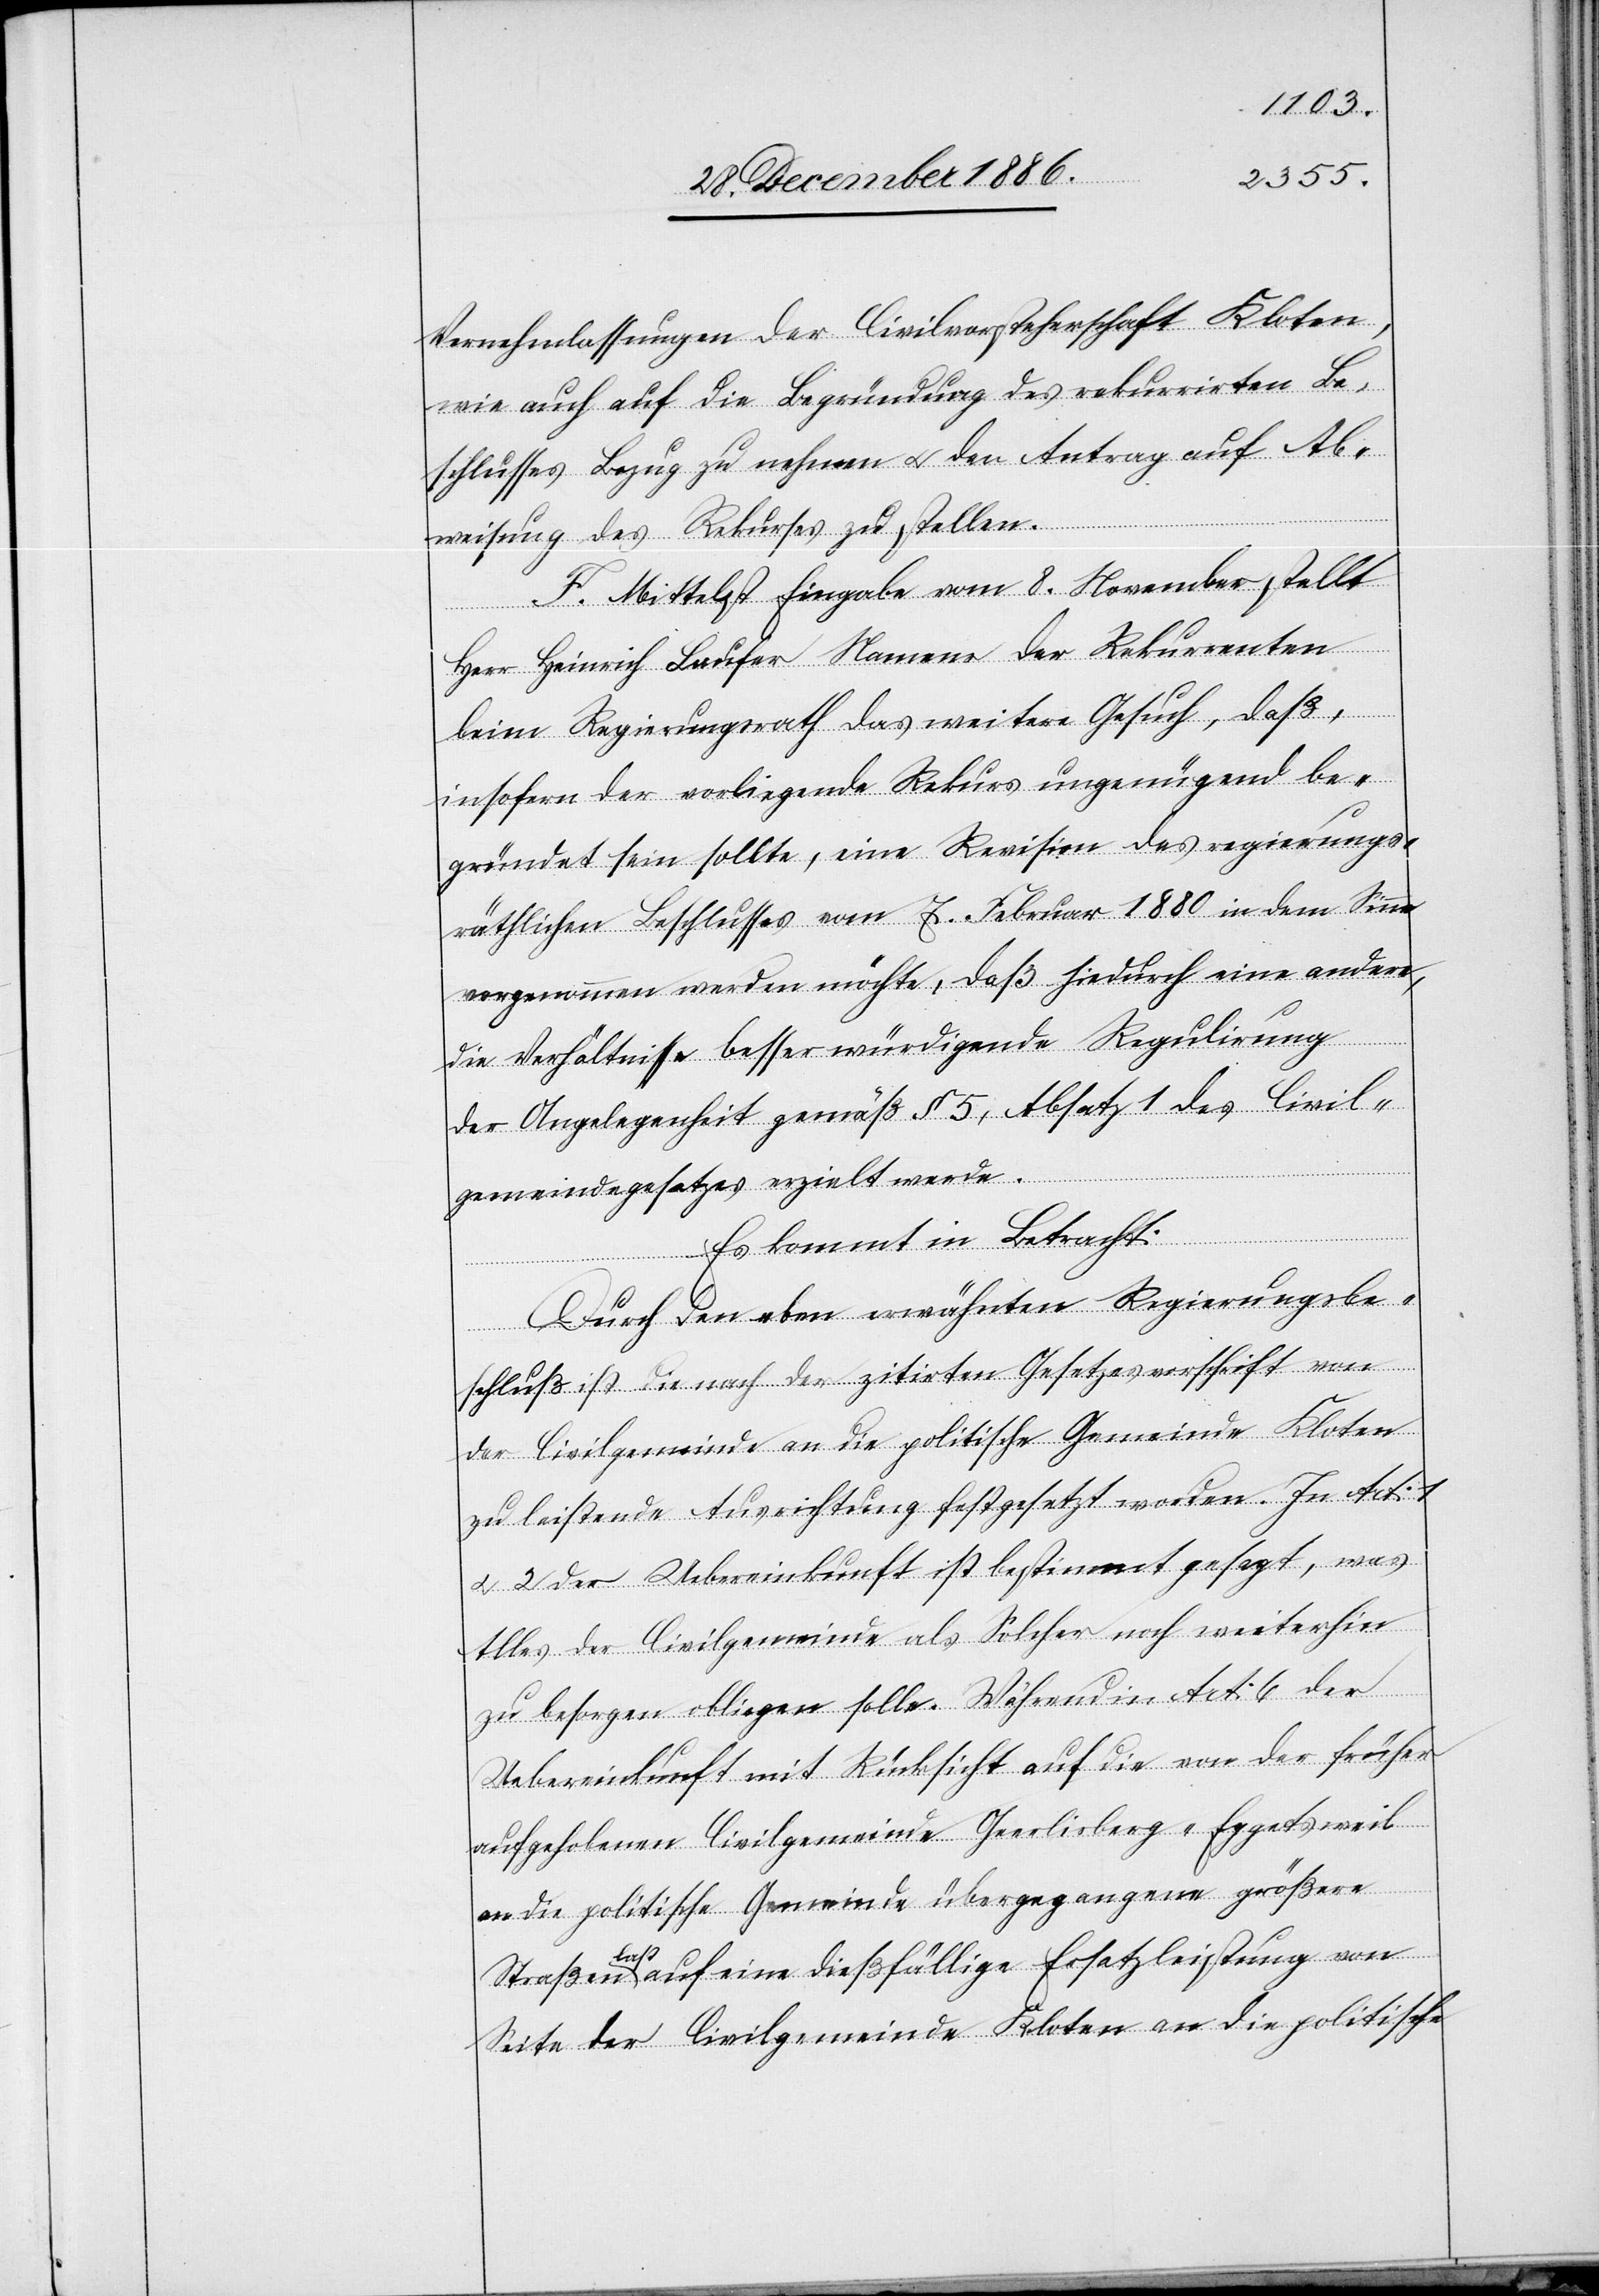
Vernehmlassungen der Civilvorsteherschaft Kloten,
wie auch auf die Begründung des rekurrirten Be¬
schlusses Bezug zu nehmen & den Antrag auf Ab¬
weisung des Rekurses zu stellen.
F. Mittelst Eingabe vom 8. November stellt
Herr Heinrich Laufer Namens der Rekurrenten
beim Regierungsrath das weitere Gesuch, daß,
insofern der vorliegende Rekurs ungenügend be¬
gründet sein sollte, eine Revision des regierungs¬
räthlichen Beschlusses vom 7. Februar 1880 in dem Sinne
vorgenommen werden möchte, daß hiedurch eine andere,
die Verhältnisse besser würdigende Regulirung
der Angelegenheit gemäß § 5, Absatz § 1 des Civil¬
gemeindegesetzes erzielt werde.
Es kommt in Betracht:
Durch den eben erwähnten Regierungsbe¬
schluß ist die nach der zitirten Gesetzesvorschrift von
der Civilgemeinde an die politische Gemeinde Kloten
zu leistende Ausrichtung festgesetzt worden. In Art: 1
& 2 der Uebereinkunft ist bestimmt gesagt, was
Alles der Civilgemeinde als Solcher noch weiterhin
zu besorgen obliegen solle. Während in Art: 6 der
Uebereinkunft mit Rücksicht auf die von der früher
aufgehobenen Civilgemeinde Geerlisberg [sic!] - Eggetsweil
an die politische Gemeinde übergegangene größere
Straßenlast auf eine dießfällige Ersatzleistung von
Seite der Civilgemeinde Kloten an die politische